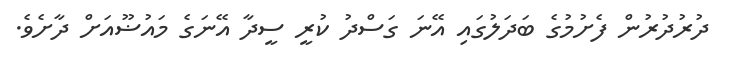
ދުރުދުރުން ފެށުމުގެ ބަދަލުގައި އޭނަ ގަސްދު ކުރީ ސީދާ އޭނަގެ މައުޟޫއަށް ދާށެވެ.